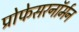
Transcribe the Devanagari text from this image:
प्रोफेसरनॉर्मन